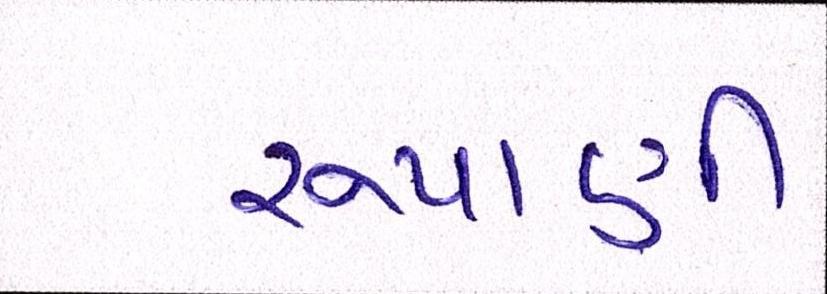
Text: રુપાણી